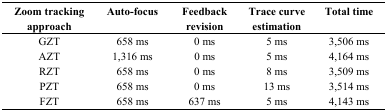
| Zoom tracking approach | Auto-focus | Feedback revision | Trace curve estimation | Total time |
 | --- | --- | --- | --- | --- |
 | GZT | 658 ms | 0 ms | 5 ms | 3,506 ms |
 | AZT | 1,316 ms | 0 ms | 5 ms | 4,164 ms |
 | RZT | 658 ms | 0 ms | 8 ms | 3,509 ms |
 | PZT | 658 ms | 0 ms | 13 ms | 3,514 ms |
 | FZT | 658 ms | 637 ms | 5 ms | 4,143 ms |